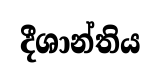
දීශාන්තිය